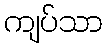
ကျပ်သာ